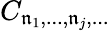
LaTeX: C_{\mathfrak{n}_{1},...,\mathfrak{n}_{j},...}